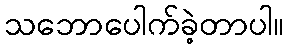
သဘောပေါက်ခဲ့တာပါ။